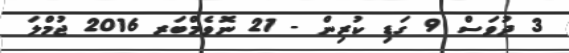
3 ދުވަސް 9 ގަޑި ކުރިން - 21 ނޮވެމްބަރ 2016 ޖުމްލަ